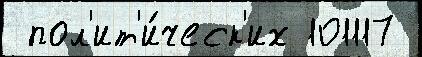
 пол'ит'и́ческ'их 101117